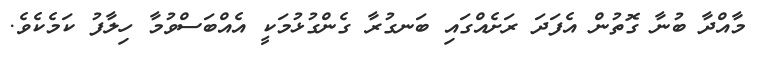
މާއްދާ ބުނާ ގޮތުން އެފަދަ ރަށެއްގައި ބަނގުރާ ގެންގުޅުމަކީ އެއްބަސްވުމާ ހިލާފު ކަމެކެވެ.